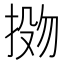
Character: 𫽌